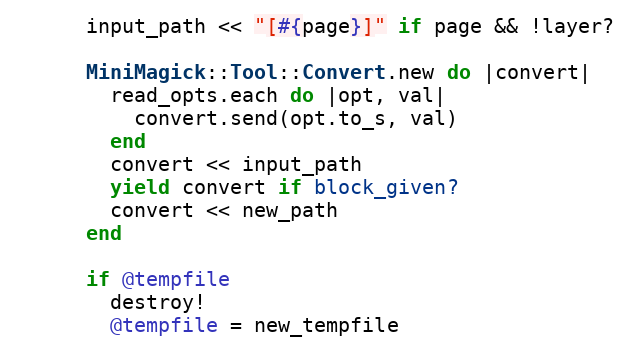
Language: Ruby
      input_path << "[#{page}]" if page && !layer?

      MiniMagick::Tool::Convert.new do |convert|
        read_opts.each do |opt, val|
          convert.send(opt.to_s, val)
        end
        convert << input_path
        yield convert if block_given?
        convert << new_path
      end

      if @tempfile
        destroy!
        @tempfile = new_tempfile